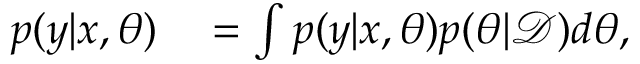
\begin{array} { r l } { p ( y | x , \theta ) } & { { } = \int p ( y | x , \theta ) p ( \theta | \mathcal { D } ) d \theta , } \end{array}